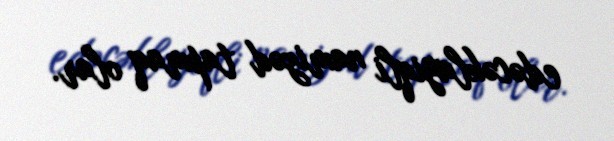
edəcəklayiqli namizəd tapmaq olar.